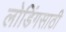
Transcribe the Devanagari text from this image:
लोडिंगसाठी